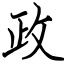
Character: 政